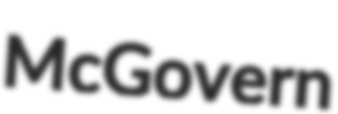
McGovern